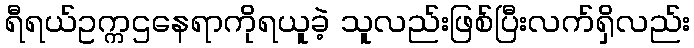
ရီရယ်ဥက္ကဌနေရာကိုရယူခဲ့ သူလည်းဖြစ်ပြီးလက်ရှိလည်း